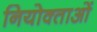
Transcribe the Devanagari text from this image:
नियोक्‍ताओं